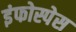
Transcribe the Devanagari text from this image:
इंफोस्पेस